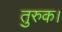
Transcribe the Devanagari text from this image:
तुरुक।